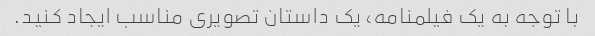
با توجه به یک فیلمنامه، یک داستان تصویری مناسب ایجاد کنید.